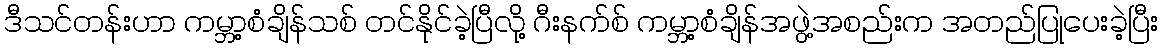
ဒီသင်တန်းဟာ ကမ္ဘာ့စံချိန်သစ် တင်နိုင်ခဲ့ပြီလို့ ဂီးနက်စ် ကမ္ဘာ့စံချိန်အဖွဲ့အစည်းက အတည်ပြုပေးခဲ့ပြီး